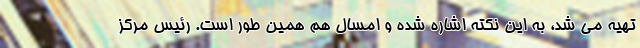
تهیه می شد، به این نکته اشاره شده و امسال هم همین طور است. رئیس مرکز